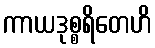
ကာယဒုစ္စရိတေဟိ